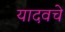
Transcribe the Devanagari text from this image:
यादवचे